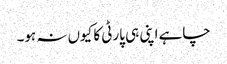
چاہے اپنی ہی پارٹی کا کیوں نہ ہو۔